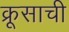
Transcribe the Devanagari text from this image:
क्रूसाची